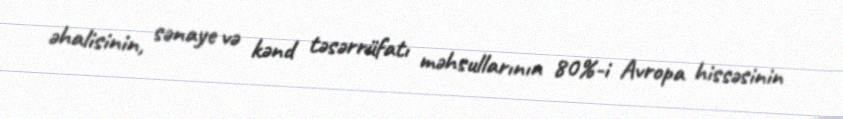
əhalisinin, sənaye və kənd təsərrüfatı məhsullarının 80%-i Avropa hissəsinin